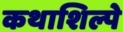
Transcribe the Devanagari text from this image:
कथाशिल्पे